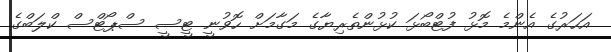
އަހަރުގެ އެންމެ މޮޅު ފުޓްބޯޅަ ކުޅުންތެރިޔާގެ މަގާމަށް ހޮވުނީ ޓީސީ ސްޕޯޓްސް ކްލަބްގެ